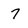
Character: 7